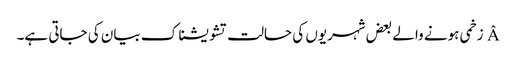
Â زخمی ہونے والے بعض شہریوں کی حالت تشویشناک بیان کی جاتی ہے۔